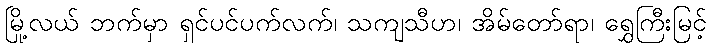
မြို့လယ် ဘက်မှာ ရှင်ပင်ပက်လက်၊ သကျသီဟ၊ အိမ်တော်ရာ၊ ရွှေကြီးမြင့်